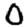
Digit: 0